Annual report of the Punjab Veterinary College and of the Civil Veterinary Department, Punjab - 1920-1925
Year: 1920
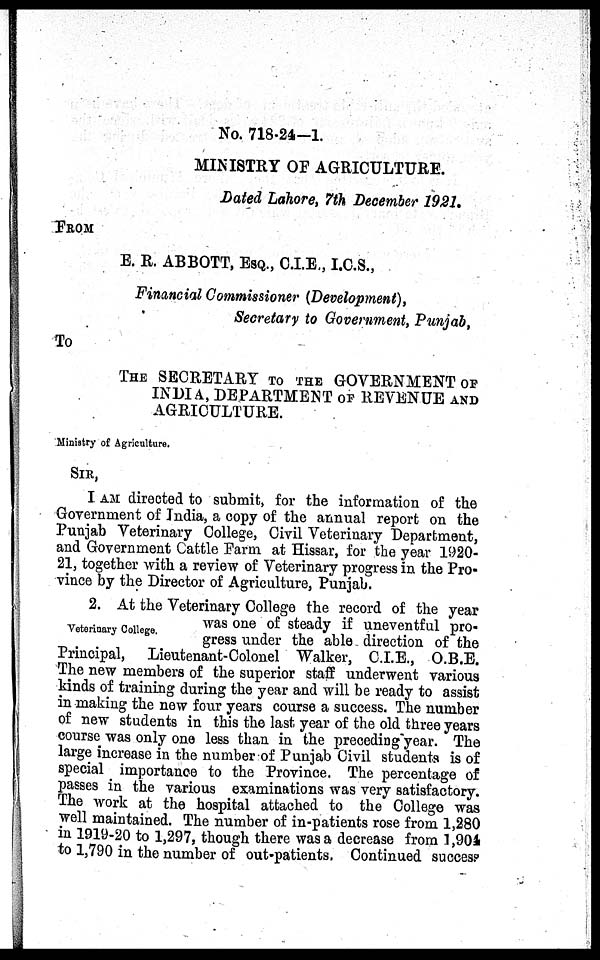
No. 718.24-1.
MINISTRY OF AGRICULTURE.
Dated Lahore, 7th December 1921.
FROM
E. R. ABBOTT, ESQ., C.I.E., I.C.S.,
Financial Commissioner (Development),
Secretary to Government, Punjab,
To
THE SECRETARY TO THE GOVERNMENT OF
INDIA, DEPARTMENT OF REVENUE AND
AGRICULTURE.
Ministry of Agriculture.
SIR,
I AM directed to submit, for the information of the
Government of India, a copy of the annual report on the
Punjab Veterinary College, Civil Veterinary Department,
and Government Cattle Farm at Hissar, for the year 1920-
21, together with a review of Veterinary progress in the Pro-
vince by the Director of Agriculture, Punjab.
Veterinary College.
2. At the Veterinary College the record of the year
was one of steady if uneventful pro-
gress under the able direction of the
Principal, Lieutenant-Colonel Walker, C.I.E., O.B.E.
The new members of the superior staff underwent various
kinds of training during the year and will be ready to assist
in making the new four years course a success. The number
of new students in this the last year of the old three years
course was only one less than in the preceding year. The
large increase in the number of Punjab Civil students is of
special importance to the Province. The percentage of
passes in the various examinations was very satisfactory.
The work at the hospital attached to the College was
well maintained. The number of in-patients rose from 1,280
in 1919-20 to 1,297, though there was a decrease from 1,904
to 1,790 in the number of out-patients. Continued success